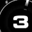
Digit: 3